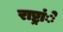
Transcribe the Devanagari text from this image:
राष्ट्रांे